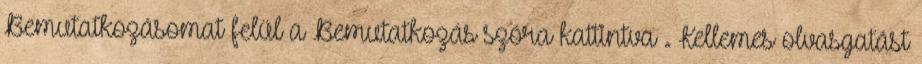
Bemutatkozásomat felül a Bemutatkozás szóra kattintva . Kellemes olvasgatást